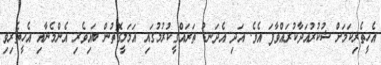
އެހީތެރިކަމަށް ޝުކުރުއަދާކުރައްވާފަ އެވެ. އަދި އެދަނޑު ތަރައްގީކުރުމުގައި އަމަލީގޮތުން ބައިވެރި އެންމެނާއި އެހީތެރިވި